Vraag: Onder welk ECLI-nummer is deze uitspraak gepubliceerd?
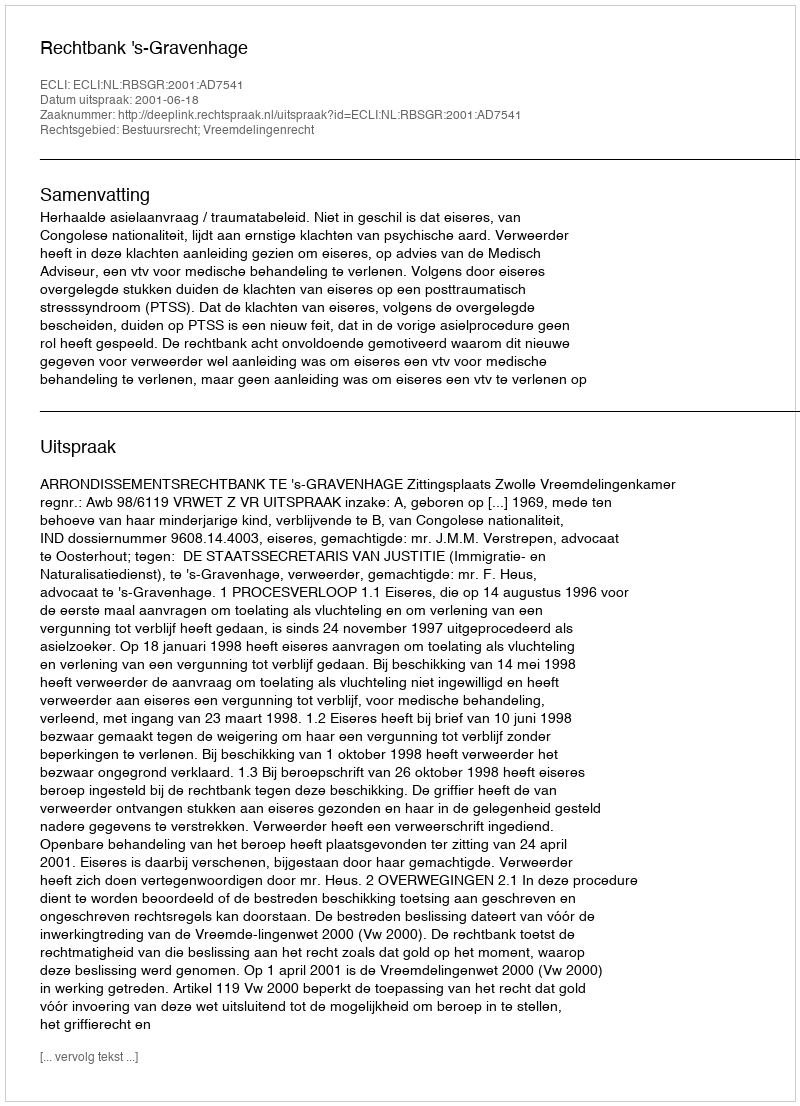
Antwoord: ECLI:NL:RBSGR:2001:AD7541